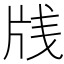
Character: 𰠛